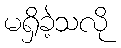
မရှိခဲ့သလို